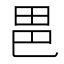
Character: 𭻆